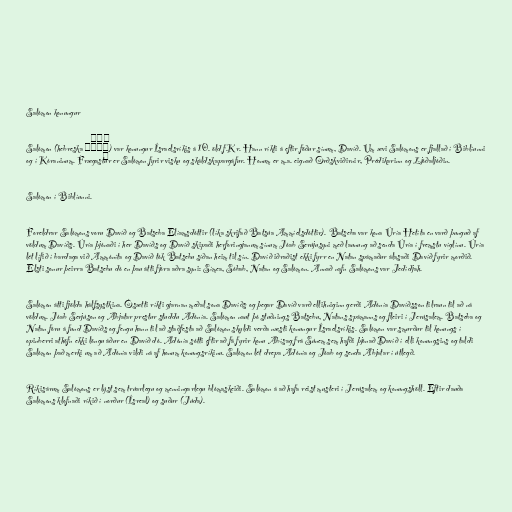
Salómon konungur

Salómon (hebreska שְׁלֹמֹה) var konungur Ísraelsríkis á 10. öld f.Kr. Hann ríkti á eftir föður sínum, Davíð. Um ævi Salómons er fjallað í Biblíunni
og í Kóraninum. Frægastur er Salómon fyrir visku og skáldskapargáfur. Honum er m.a. eignað Orðskviðirnir, Prédikarinn og Ljóðaljóðin.

Salómon í Biblíunni.

Foreldrar Salómons voru Davíð og Batseba Elíamsdóttir (líka skrifað Batsúa Ammíelsdóttir). Batseba var kona Úría Hetíta en varð þunguð af
völdum Davíðs. Úría þjónaði í her Davíðs og Davíð skipaði herforingjanum sínum Jóab Serújusyni með launung að senda Úría í fremstu víglínu. Úría
lét lífið í bardaga við Ammóníta og Davíð tók Batsebu síðan heim til sín. Davíð iðraðist ekki fyrr en Natan spámaður álasaði Davíð fyrir morðið.
Elsti sonur þeirra Batsebu dó en þau átti fjóra aðra syni: Símea, Sóbab, Natan og Salómon. Annað nafn Salómons var Jedídjah.

Salómon átti fjölda hálfsystkina. Ósætti ríkti gjarnan meðal sona Davíðs og þegar Davíð varð ellihniginn gerði Adónía Davíðsson tilraun til að ná
völdum. Jóab Serjúson og Abjatar prestur studdu Adónía. Salómon naut þó stuðnings Batsebu, Natans spámanns og fleiri í Jerúsalem. Batseba og
Natan fóru á fund Davíðs og fengu hann til að staðfesta að Salómon skyldi verða næsti konungur Ísraelsríkis. Salómon var smurður til konungs í
opinberri athöfn ekki löngu áður en Davíð dó. Adónía sótti eftir að fá fyrir konu Abísag frá Súnem sem hafði þjónað Davíð í elli konungsins og taldi
Salómon það merki um að Adónía vildi ná af honum konungsríkinu. Salómon lét drepa Adónía og Jóab og senda Abjatar í útlegð.

Ríkisárum Salómons er lýst sem trúarlegu og menningarlegu blómaskeiði. Salómon á að hafa reist musteri í Jerúsalem og konungshöll. Eftir dauða
Salómons klofnaði ríkið í norður (Ísreal) og suður (Júda).